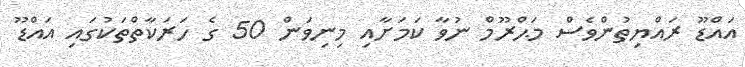
އައްޑޫ ރައްޔިތުންވެސް މަޙްރޫމް ނުވާ ކަމަށާއި މިނިވަން 50 ގެ ހަރަކާތްތަކުގައި އައްޑޫ